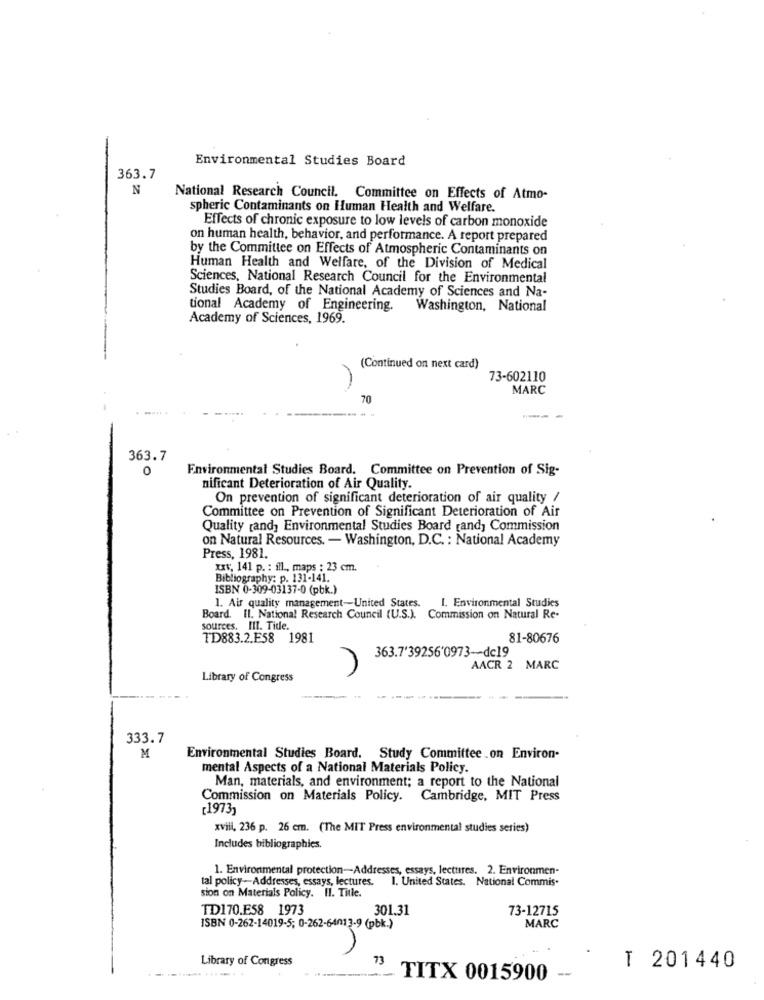
Environmental Studies Board
363.7
N
National Research Council, Committee on Effects of Atmo-
spheric Contaminants on Human Health and Welfare.
Effects of chronic exposure to low levels of carbon monoxide
on human health, behavior, and performance. A report prepared
by the Committee on Effects of Atmospheric Contaminants on
Human Health and Welfare, of the Division of Medical
Sciences, National Research Council for the Environmental
Studies Board, of the National Academy of Sciences and Na-
tional Academy of Engineering. Washington, National
Academy of Sciences, 1969.
(Continued on next card)
73-602110
MARC
70
363.7
0
Environmental Studies Board. Committee on Prevention of Sig-
nificant Deterioration of Air Quality.
On prevention of significant deterioration of air quality /
Committee on Prevention of Significant Deterioration of Air
Quality (and) Environmental Studies Board tand, Commission
on Natural Resources. - Washington, D.C. : National Academy
Press, 1981.
xxv, 141 p. : ill ., maps : 23 cm.
Bibliography: p. 131-141.
ISBN 0-309-03137-0 (pbk.)
1. Air quality management-United States.
1. Environmental Studies
Board. Il. National Research Council (U.S.). Commission on Natural Re-
sources. III. Tide.
TD883.2.E58 1981
81-80676
363.7'39256'0973-dc19
AACR 2 MARC
Library of Congress
333.7
M
Environmental Studies Board. Study Committee on Environ-
mental Aspects of a National Materials Policy.
Man, materials, and environment; a report to the National
Commission on Materials Policy.
Cambridge, MIT Press
[1973)
xvill, 236 p. 26 cm. (The MIT Press environmental studies series)
Includes bibliographies.
1. Environmental protection-Addresses, essays, lectures. 2. Environmen-
tal policy-Addresses, essays, lectures.
1. United States. National Commis.
sion on Materials Policy. Il. Title.
TD170.E58 1973
301.31
73-12715
ISBN 0-262-14019-5; 0-262-64013-9 (pbk.)
MARC
Library of Congress
73
-...... ...-.
-
T 201440
TITX 0015900